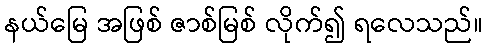
နယ်မြေ အဖြစ် ဇာစ်မြစ် လိုက်၍ ရလေသည်။